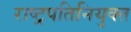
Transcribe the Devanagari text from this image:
राष्ट्रपतिनियुक्त